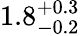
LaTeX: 1.8_{-0.2}^{+0.3}